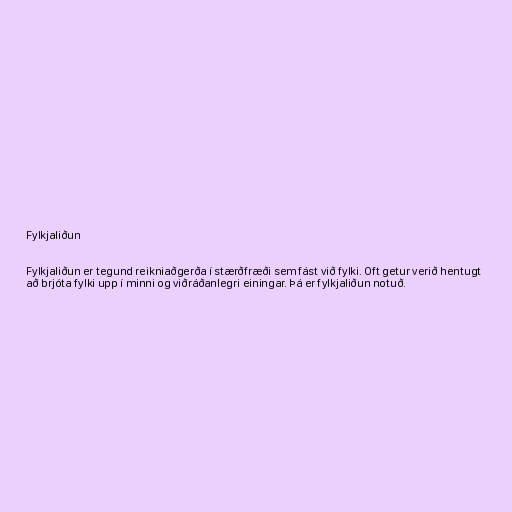
Fylkjaliðun

Fylkjaliðun er tegund reikniaðgerða í stærðfræði sem fást við fylki. Oft getur verið hentugt
að brjóta fylki upp í minni og viðráðanlegri einingar. Þá er fylkjaliðun notuð.